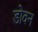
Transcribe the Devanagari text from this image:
डोवन